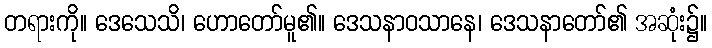
တရားကို။ ဒေသေသိ၊ ဟောတော်မူ၏။ ဒေသနာဝသာနေ၊ ဒေသနာတော်၏ အဆုံး၌။